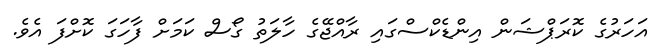
އަހަރުގެ ކޮރަޕްޝަން އިންޑެކްސްގައި ރާއްޖޭގެ ހާލަތު ގޯސް ކަމަށް ފާހަގަ ކޮށްފަ އެވެ.